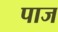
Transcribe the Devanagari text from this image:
पाज